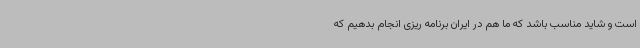
است و شاید مناسب باشد که ما هم در ایران برنامه ریزی انجام بدهیم‌ که